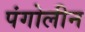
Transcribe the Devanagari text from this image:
पंगोलीन